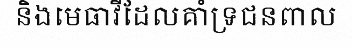
និងមេធាវីដែលគាំទ្រជនពាល